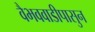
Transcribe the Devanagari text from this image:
वैभववाडीपासुन